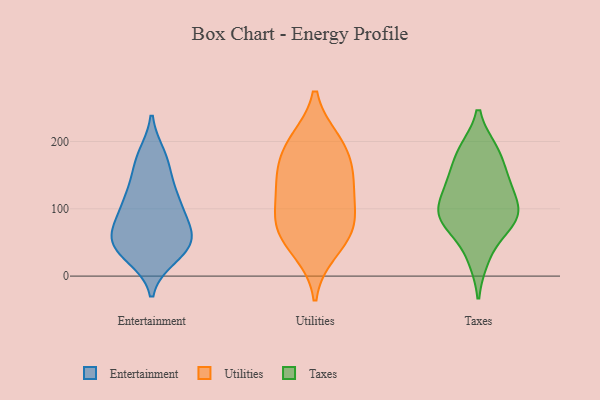
{"axis": {"x": "Population (Million)", "y": "Value"}, "legend": ["Entertainment", "Taxes", "Utilities"], "data": [{"x": "", "y": 179, "type": "Entertainment"}, {"x": "", "y": 48, "type": "Entertainment"}, {"x": "", "y": 96, "type": "Entertainment"}, {"x": "", "y": 103, "type": "Entertainment"}, {"x": "", "y": 57, "type": "Entertainment"}, {"x": "", "y": 42, "type": "Entertainment"}, {"x": "", "y": 105, "type": "Entertainment"}, {"x": "", "y": 124, "type": "Entertainment"}, {"x": "", "y": 29, "type": "Entertainment"}, {"x": "", "y": 69, "type": "Entertainment"}, {"x": "", "y": 67, "type": "Entertainment"}, {"x": "", "y": 42, "type": "Entertainment"}, {"x": "", "y": 176, "type": "Entertainment"}, {"x": "", "y": 34, "type": "Entertainment"}, {"x": "", "y": 159, "type": "Entertainment"}, {"x": "", "y": 127, "type": "Entertainment"}, {"x": "", "y": 65, "type": "Entertainment"}, {"x": "", "y": 74, "type": "Utilities"}, {"x": "", "y": 138, "type": "Utilities"}, {"x": "", "y": 198, "type": "Utilities"}, {"x": "", "y": 86, "type": "Utilities"}, {"x": "", "y": 144, "type": "Utilities"}, {"x": "", "y": 135, "type": "Utilities"}, {"x": "", "y": 38, "type": "Utilities"}, {"x": "", "y": 86, "type": "Utilities"}, {"x": "", "y": 58, "type": "Utilities"}, {"x": "", "y": 200, "type": "Utilities"}, {"x": "", "y": 178, "type": "Utilities"}, {"x": "", "y": 86, "type": "Taxes"}, {"x": "", "y": 187, "type": "Taxes"}, {"x": "", "y": 95, "type": "Taxes"}, {"x": "", "y": 187, "type": "Taxes"}, {"x": "", "y": 70, "type": "Taxes"}, {"x": "", "y": 152, "type": "Taxes"}, {"x": "", "y": 133, "type": "Taxes"}, {"x": "", "y": 98, "type": "Taxes"}, {"x": "", "y": 88, "type": "Taxes"}, {"x": "", "y": 134, "type": "Taxes"}, {"x": "", "y": 26, "type": "Taxes"}]}